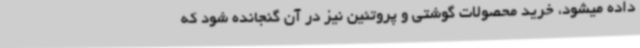
داده میشود، خرید محصولات گوشتی و پروتئین نیز در آن گنجانده شود که